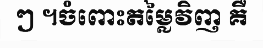
ៗ ។ចំពោះតម្លៃវិញ គឺ